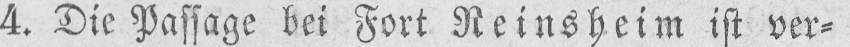
4. Die Passage bei Fort Reinsheim ist ver⸗